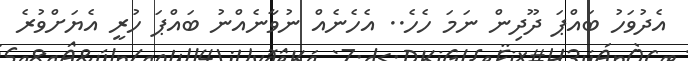
އެދުވަހު ބައްޕަ ދޫދިން ނަމަ ހެހެ.. އެހެނެއް ނުވާނެއްނު ބައްޕަ ހުރީ އެޔަށްވުރެ